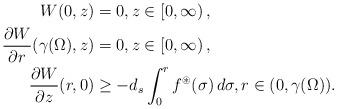
LaTeX: \begin{align*}W(0,z)& =0, z\in\left[ 0,\infty\right), \\\frac{\partial W}{\partial r}(\gamma(\Omega),z) & =0,z\in\left[ 0,\infty\right), \\\frac{\partial W}{\partial z}(r,0) & \geq-d_s\int_{0}^{r}f^{\circledast}(\sigma)\,d\sigma,r\in(0,\gamma(\Omega)).\end{align*}